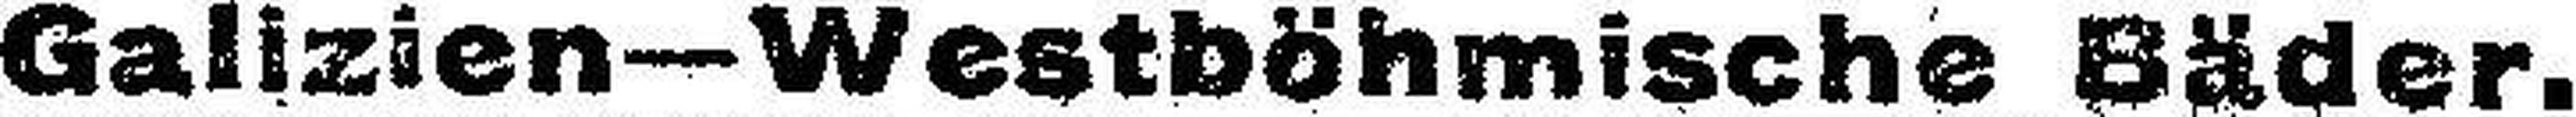
Galizien—Westböhmische Bäder.